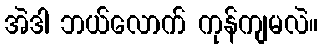
အဲဒါ ဘယ်လောက် ကုန်ကျမလဲ။